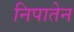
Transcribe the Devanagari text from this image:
निपातेन